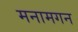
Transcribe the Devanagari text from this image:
मनामगन